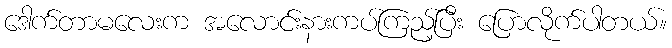
ဒေါက်တာမလေးက အလောင်းနားကပ်ကြည့်ပြီး ပြောလိုက်ပါတယ်။